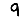
Digit: 9